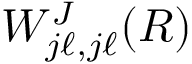
W _ { j \ell , j \ell } ^ { J } ( R )